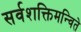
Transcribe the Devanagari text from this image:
सर्वशक्तिमन्विते